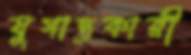
যুগান্তকারী